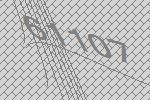
61107